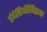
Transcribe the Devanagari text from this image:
इंपेरिॲलिझम